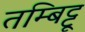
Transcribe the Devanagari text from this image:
तम्बिट्टू